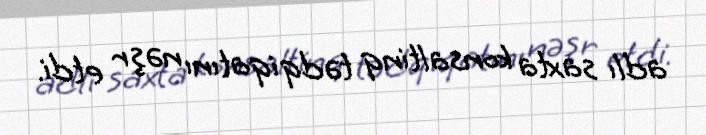
adlı saxta konsaltinq tədqiqatını nəşr etdi.